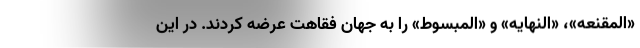
«المقنعه»، «النهایه» و «المبسوط» را به جهان فقاهت عرضه کردند. در این